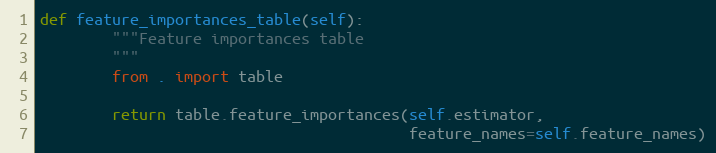
Language: Python
def feature_importances_table(self):
        """Feature importances table
        """
        from . import table

        return table.feature_importances(self.estimator,
                                         feature_names=self.feature_names)